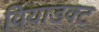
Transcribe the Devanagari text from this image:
वियाडक्ट